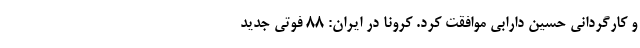
و کارگردانی حسین دارابی موافقت کرد. کرونا در ایران: ۸۸ فوتی جدید